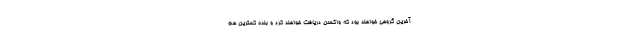
آخرین گروهی خواهند بود که واکسن دریافت خواهند کرد و بنده کمترین هم